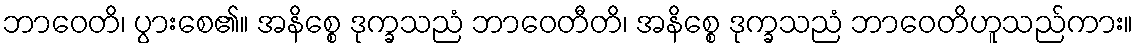
ဘာဝေတိ၊ ပွားစေ၏။ အနိစ္စေ ဒုက္ခသညံ ဘာဝေတီတိ၊ အနိစ္စေ ဒုက္ခသညံ ဘာဝေတိဟူသည်ကား။